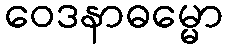
ဝေဒနာဓမ္မော